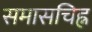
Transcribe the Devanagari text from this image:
समासचिह्न